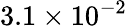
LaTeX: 3.1\times 10^{-2}